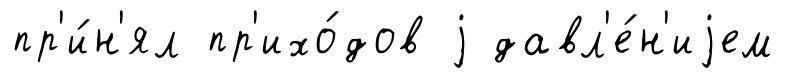
пр'и́н'ял пр'ихо́дов j давл'е́н'иjем